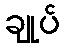
ချုပ်